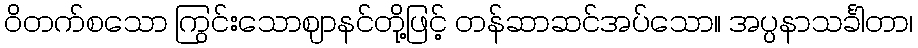
ဝိတက်စသော ကြွင်းသောဈာနင်တို့ဖြင့် တန်ဆာဆင်အပ်သော။ အပ္ပနာသင်္ခါတာ၊